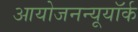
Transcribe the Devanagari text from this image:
आयोजनन्यूयॉर्क